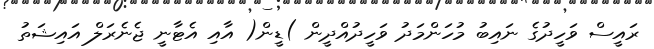
ރައީސް ވަހީދުގެ ނައިބު މުހަންމަދު ވަހީދުއްދީން )ޑީން( އާއި އެޓާނީ ޖެނެރަލް އައިޝަތު